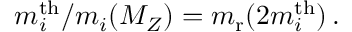
m _ { i } ^ { \mathrm { t h } } / m _ { i } ( M _ { { Z } } ) = m _ { \mathrm { r } } ( 2 m _ { i } ^ { \mathrm { t h } } ) \, .